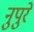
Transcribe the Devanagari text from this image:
नुपुरे